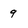
Character: 9